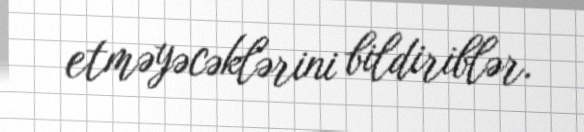
etməyəcəklərini bildiriblər.